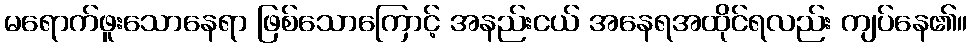
မရောက်ဖူးသောနေရာ ဖြစ်သောကြောင့် အနည်းငယ် အနေရအထိုင်ရလည်း ကျပ်နေ၏။